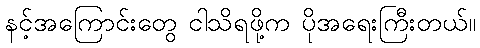
နင့်အကြောင်းတွေ ငါသိရဖို့က ပိုအရေးကြီးတယ်။